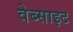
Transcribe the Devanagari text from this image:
वेब्साइट